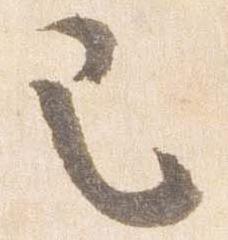
也